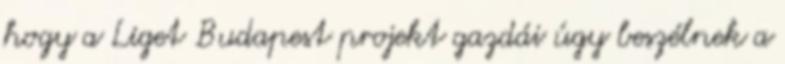
hogy a Liget Budapest projekt gazdái úgy beszélnek a